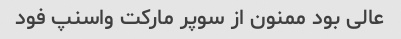
عالی بود ممنون از سوپر مارکت واسنپ فود